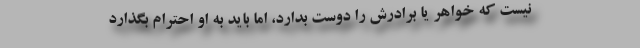
نیست که خواهر یا برادرش را دوست بدارد، اما باید به او احترام بگذارد